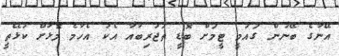
އޭނާގެ ބޭނުން ގައުމީ ޓީމަށް ބޮޑީ ތަޖުރިބާއާ އެކު އެހާމެ މޮޅަށް ކުޅޭތީ